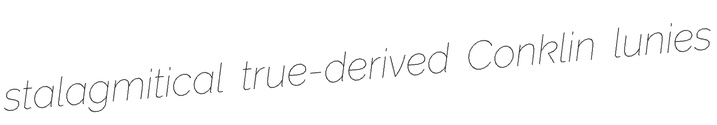
stalagmitical true-derived Conklin lunies